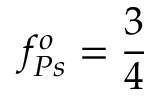
f _ { P s } ^ { o } = \frac { 3 } { 4 }